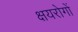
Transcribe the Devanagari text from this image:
क्षयरोगों